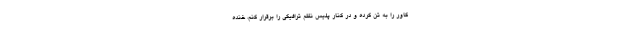
کاور را به تن کرده و در کنار پلیس نظم ترافیکی را برقرار کنم، خنده